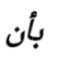
بأن